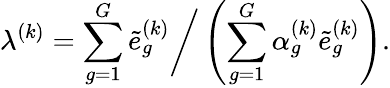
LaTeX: \lambda^{(k)}=\sum_{g=1}^{G}\tilde{e}_{g}^{(k)}\bigg/\left(\sum_{g=1}^{G}\alpha_{g}^{(k)}\tilde{e}_{g}^{(k)}\right).